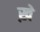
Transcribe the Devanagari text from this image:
ख़े